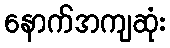
နောက်အကျဆုံး